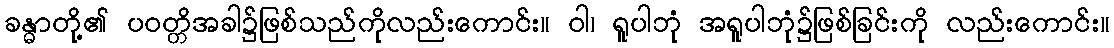
ခန္ဓာတို့၏ ပဝတ္တိအခါ၌ဖြစ်သည်ကိုလည်းကောင်း။ ဝါ၊ ရူပါဘုံ အရူပါဘုံ၌ဖြစ်ခြင်းကို လည်းကောင်း။